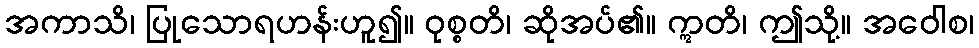
အကာသိ၊ ပြုသောရဟန်းဟူ၍။ ဝုစ္စတိ၊ ဆိုအပ်၏။ ဣတိ၊ ဤသို့။ အဝေါစ၊